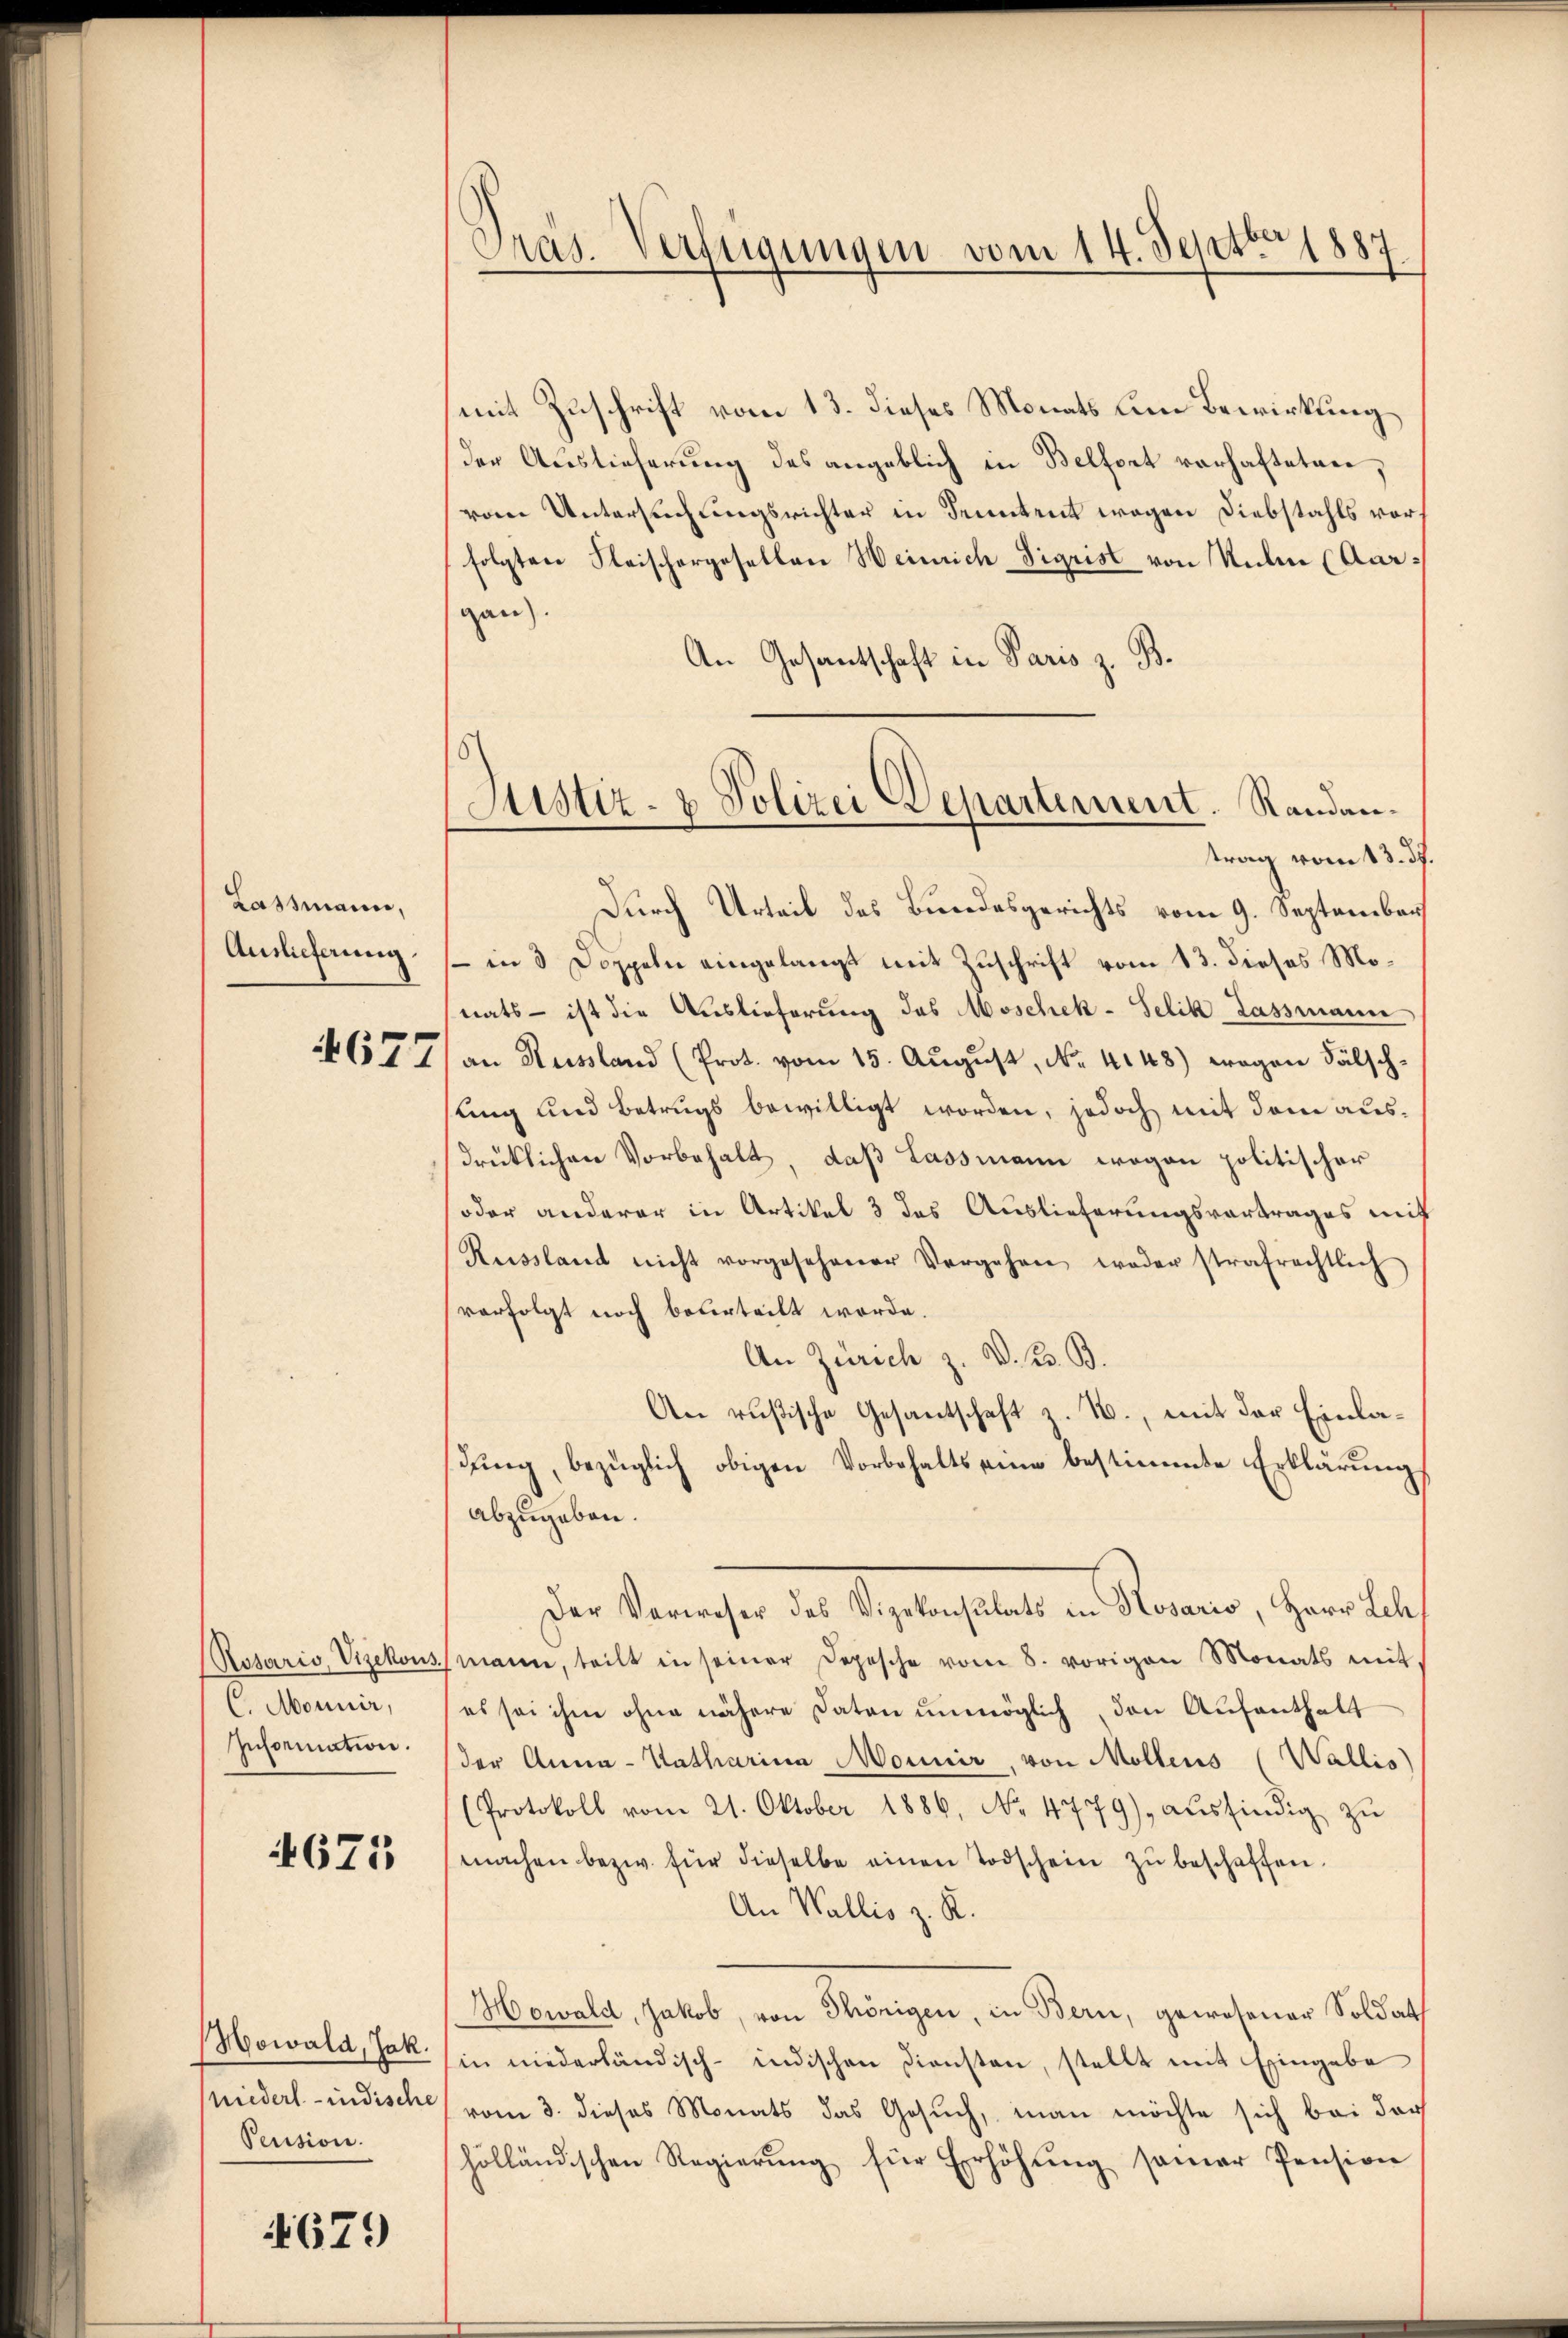
Lassmann,
Auslieferung.

4677

Rotaris, Vizekons
C. Monnir,
Information.

671

Howald, Jak.
niederlindische
Pension.

679

Präs. Verfügungen vom 14. Septbr 1887

Justiz- & Polizei Departement. Randan¬

mit Zuschrift vom 13. dieses Monats um Bewirkung
der Auslieferung des angeblich in Belfort vorhafteten,
vom Untersuchungsrichter in Kenntent wegen Diebstahls vorh
folgten Fleischergesellen Weinrich Sigrist von Malen (Aarganz.
An Gesantschaft in Paris z. B.
trag vom 13. ds.
Durch Urteil des Bundesgerichts vom 9. September
- in 3 Doppeln eingelangt mit Zuschrift vom 13. dieses Monats - ist die Auslieferung des Moschek-Selik Lassmann
an Russland (Prot. vom 15. Aŭgŭst No. 4148) wegen Fälsch-
ling und Betrugs bewilligt worden, jedoch mit dem ausdrüklichen Vorbehalt, daß Lassmann wegen politischer
oder anderer in Artikel 3 das Auslieferungsvortrages mit
Russland nicht vorgesehener Vergehen weder strafrechtlich
vorfolgt noch beurteilt werde.
An Zürich z. V. B. B.
An rußische Gesantschaft z. B., mit der Einladung, bezüglich obigen Vorbehalts eine bestimmte Erklärung
abzugeben.
der Vereicher der Schadenstalt in Sternen, ihrer als
mann, teilt in seiner Depesche vom 8. vorigen Monats mit,
(es sei ihm ohne nähere Daten unmöglich, den Aufenthalt
der Anna - Katharina Monnir, von Möllens (Wallis)
(Protokoll vom 21. Oktober 1886, No. 4779), aŭsfindig zŭ
machen bezw. für dieselbe einen Todschein zŭ beschaffen.
An Wallis z. K.
Howald, Jakob, von Thörigen, in Bern, gewesener Soldat
in niederländisch-indischen Diensten, stellt mit Eingabe
vom 3. dieses Monats das Gesuch, man möchte sich bei der
holländischen Regierŭng für Erhöhŭng seiner Pension